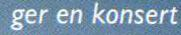
ger en konsert